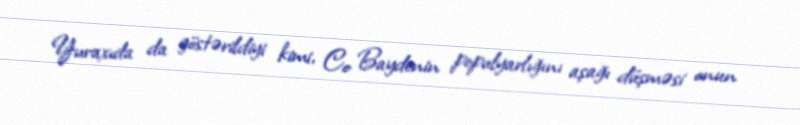
Yuraxıda da göstərildiyi kimi, Co Baydenin populyarlığını aşağı düşməsi onun